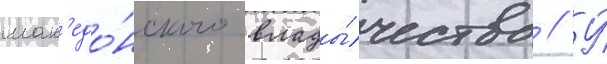
мак'едо́нского влады́чества // У́